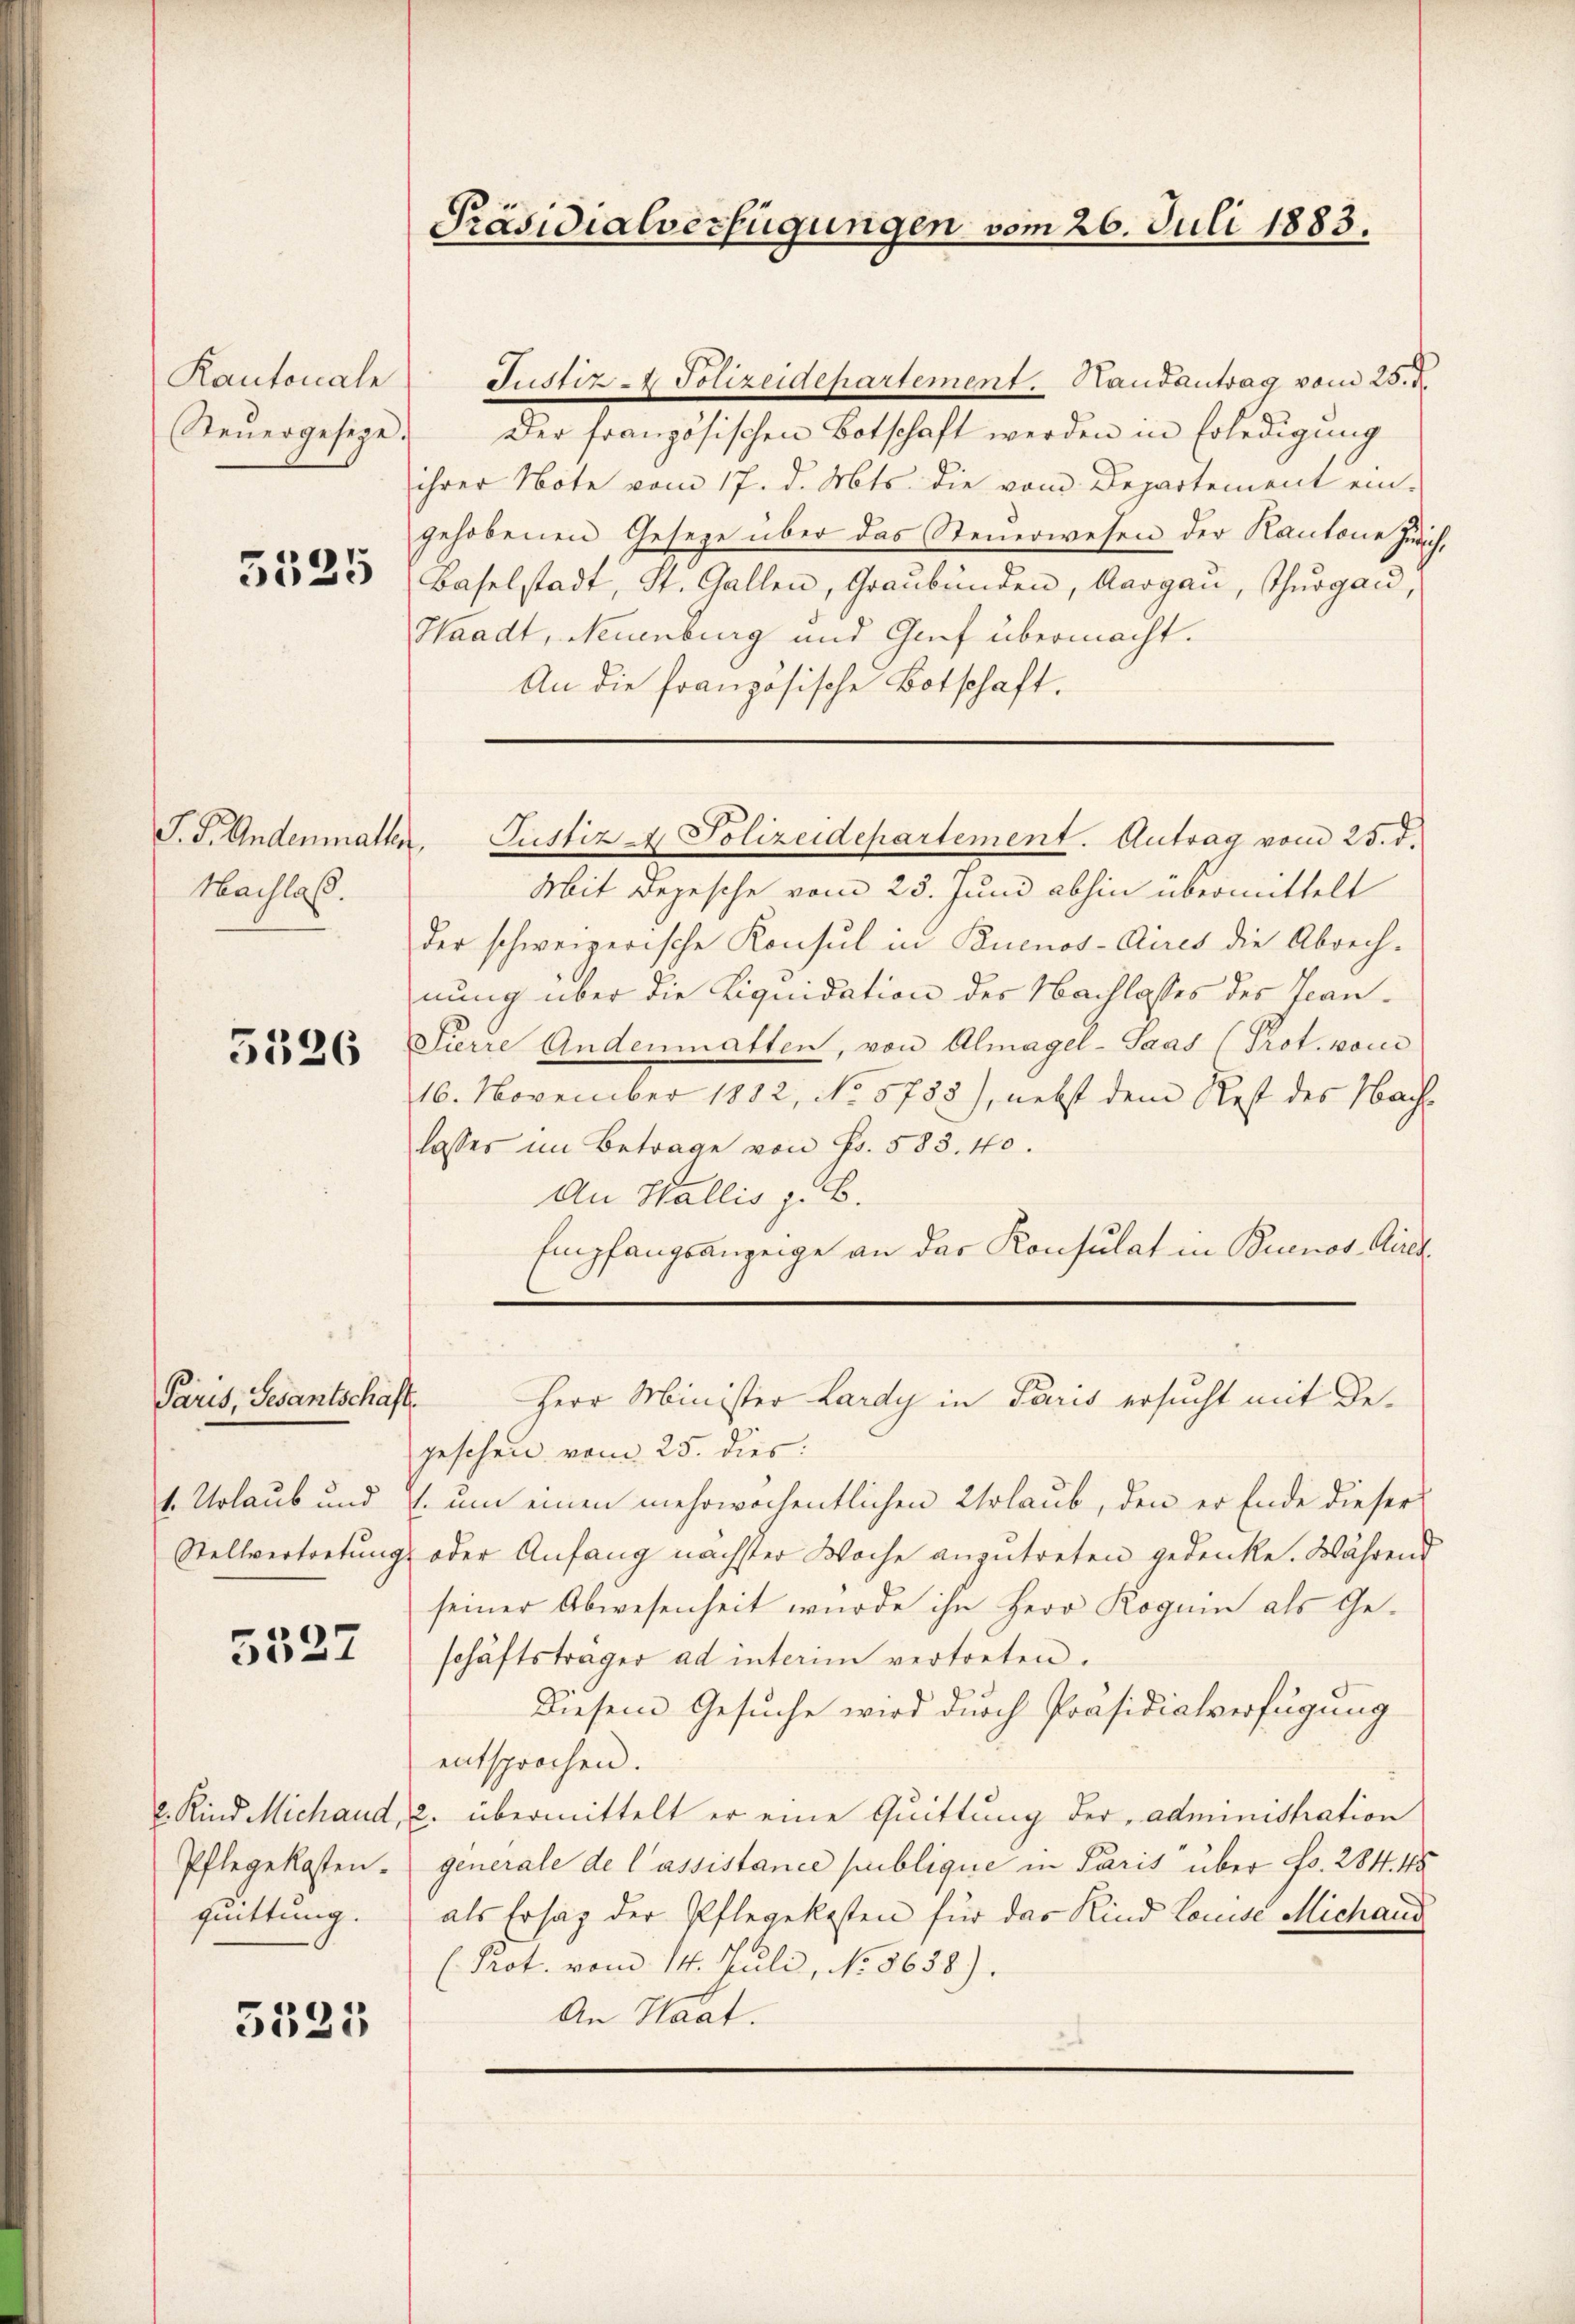
Kantonale
Steŭergesege.
5525

Nachlaß.

5526

Paris, Gesantschaft.

5527

2. Kind Michand,
Pflegekosten.
quittung.

5525

Präsidialverfügungen vom 26. Juli 1883.

Justiz - Polizeidepartement. Handantrag vom 25. d.
Der französischen Botschaft werden in Erledigung
ihrer Note vom 17. d. Mts. die vom Departement ein-
gehobenen Gesetze über das Steuerwesen der Kantone Juri
Baselstadt, St. Gallen, Graubünden, Aargau, Thurgau,
Waadt, Neuenburg und Graf übermacht.
An die französische Botschaft.
Mit Depesche vom 23. Juni abhin übermittelt
der schweizerische Konsul in Buenos-Aires die Abrech-
nung über die Liquidation des Nachlasses des Jean¬
Pierre Andenmatten, von Almagel-Saas (Prot. von
416. November 1812, No 5755), nebst dem Rest des Nachlasses im Betrage von Fr. 583. 10.
An Wallis z. B.
Empfangsanzeige an das Konsulat in Buenos Aires
Herr Minister Lardy in Paris ersucht mit De-
geschen vom 25. dies:
1. Urlaub und E. um einen mehrwöchentlichen Urlaub, den er Ende dieser
Stellvertretung oder Anfang nächster Woche anzutreten gedenke. Während
seiner Abwesenheit wurde ihn Herr Kognin als Geschäftsträger ad interim vertreten.
Diesem Gesuche wird durch Präsidialverfügung
entsprochen.
2. übermittelt er eine Quittung der administration
generale de lassistance publique in Paris über Fr. 284. 45
als Ersatz der Pflegekosten für das Kind Louise Michand
(Prot. vom 14. Juli, No. 8638).
An Haat.

S. S. Andenmatten, Justiz- & Polizeidepartement. Antrag vom 25. d.